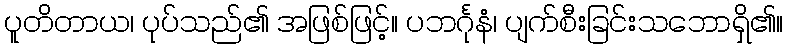
ပူတိတာယ၊ ပုပ်သည်၏ အဖြစ်ဖြင့်။ ပဘင်္ဂုနံ၊ ပျက်စီးခြင်းသဘောရှိ၏။